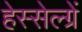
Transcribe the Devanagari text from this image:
हेस्सेल्ग्रें